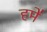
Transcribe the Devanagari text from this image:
हमे॑